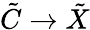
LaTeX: \tilde{C}\rightarrow\tilde{X}